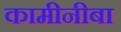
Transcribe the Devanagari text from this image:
कामीनीबा